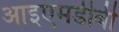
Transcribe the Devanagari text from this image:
आइएमडीबी